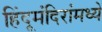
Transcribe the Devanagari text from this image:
हिंदूमंदिरांमध्ये